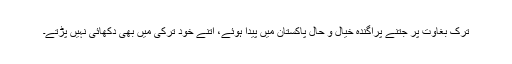
ترک بغاوت پر جتنے پراگندہ خیال و حال پاکستان میں پیدا ہوئے، اُتنے خود ترکی میں بھی دکھائی نہیں پڑتے۔